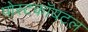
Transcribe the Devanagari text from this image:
पोस्टकॉयटल